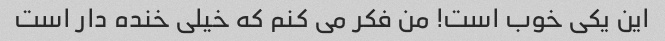
این یکی خوب است! من فکر می کنم که خیلی خنده دار است